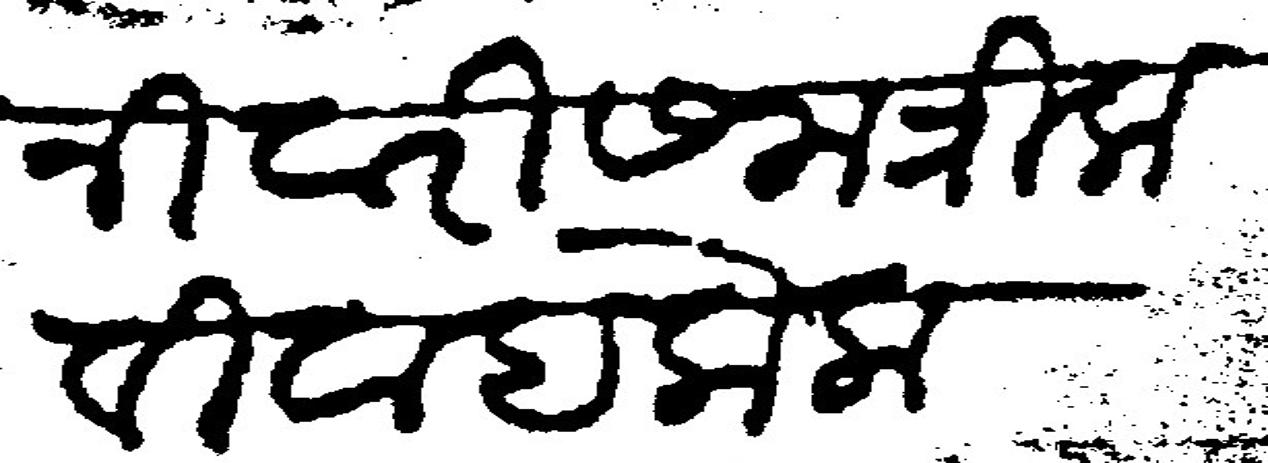
Transliteration (Devanagari): शनिवारी समंत्रिक विवाह केला